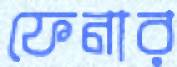
ফেনার